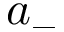
a _ { - }